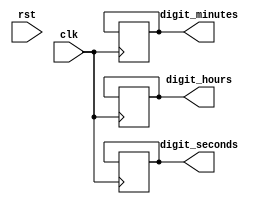
module binary_clock_divider (
    input wire clk,
    input wire rst,
    output reg [3:0] digit_seconds,
    output reg [3:0] digit_minutes,
    output reg [3:0] digit_hours
);

reg [1:0] time_count = 0;
reg [7:0] clock_ratio = 100; // adjustable clock division ratio

always @(posedge clk) begin
    if (rst) begin
        time_count <= 0;
    end else begin
        if (time_count == clock_ratio - 1) begin
            time_count <= 0;
        end else begin
            time_count <= time_count + 1;
        end
    end
end

always @(posedge clk) begin
    if (time_count == clock_ratio - 1) begin
        digit_seconds <= digit_seconds + 1;
        if (digit_seconds == 9) begin
            digit_seconds <= 0;
            digit_minutes <= digit_minutes + 1;
            if (digit_minutes == 9) begin
                digit_minutes <= 0;
                digit_hours <= digit_hours + 1;
                if (digit_hours == 9) begin
                    digit_hours <= 0;
                end
            end
        end
    end
end

endmodule